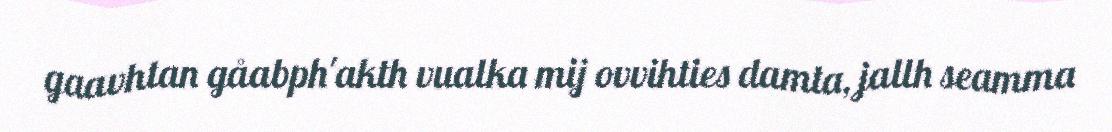
gaavhtan gåabph'akth vualka mij ovvihties damta, jallh seamma